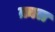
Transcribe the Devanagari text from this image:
क़ाल